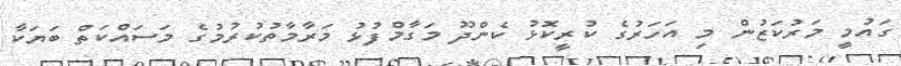
ގައުމީ މަރުކަޒުން މި އަހަރުގެ ކުރީކޮޅު ކެންދޫ މަގާމްފުޅު މަރާމާތުކުރުމުގެ މަސައްކަތް ބަޔަކާ